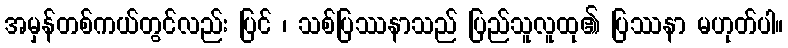
အမှန်တစ်ကယ်တွင်လည်း ပြင် ၊ သစ်ပြဿနာသည် ပြည်သူလူထု၏ ပြဿနာ မဟုတ်ပါ။